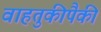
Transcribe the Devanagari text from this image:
वाहतुकीपैकी